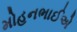
મોહનભાઈએ